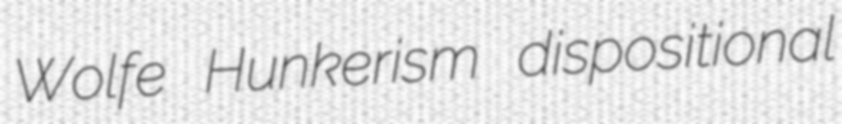
Wolfe Hunkerism dispositional